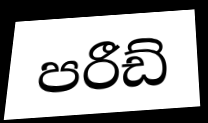
පරීඩ්